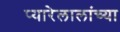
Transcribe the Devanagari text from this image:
प्यारेलालांच्या